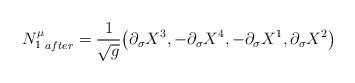
LaTeX: \begin{align*}{N^\mu_1}_{after} =\frac 1{\sqrt{g}} \big(\partial_\sigma X^3,- \partial_\sigma X^4, -\partial_\sigma X^1, \partial_\sigma X^2\big)\end{align*}